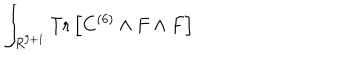
LaTeX: \int _ { R ^ { 9 + 1 } } \mathrm { T r } \left[ C ^ { ( 6 ) } \wedge F \wedge F \right]